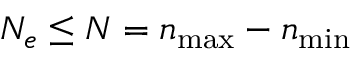
N _ { e } \le N = n _ { \mathrm { m a x } } - n _ { \mathrm { m i n } }